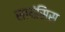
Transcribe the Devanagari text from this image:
सायंसिस